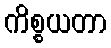
ကိစ္စယတာ